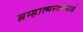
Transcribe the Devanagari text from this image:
ब्रम्हात्मस्वरुपाचे